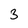
Character: 3